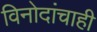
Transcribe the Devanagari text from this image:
विनोदांचाही